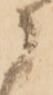
に